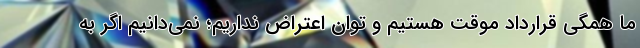
ما همگی قرارداد موقت هستیم و توان اعتراض نداریم؛ نمی‌دانیم اگر به